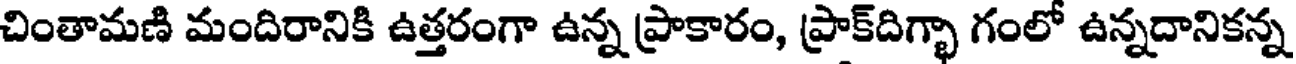
చింతామణి మందిరానికి ఉత్తరంగా ఉన్న ప్రాకారం, ప్రాక్దిగ్భా గంలో ఉన్నదానికన్న